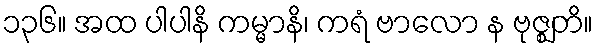
၁၃၆။ အထ ပါပါနိ ကမ္မာနိ၊ ကရံ ဗာလော န ဗုဇ္ဈတိ။